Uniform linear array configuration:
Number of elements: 32
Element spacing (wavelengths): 0.25
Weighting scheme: binomial
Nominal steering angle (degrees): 45
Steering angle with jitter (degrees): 44.785
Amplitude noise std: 0.05
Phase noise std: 0.05

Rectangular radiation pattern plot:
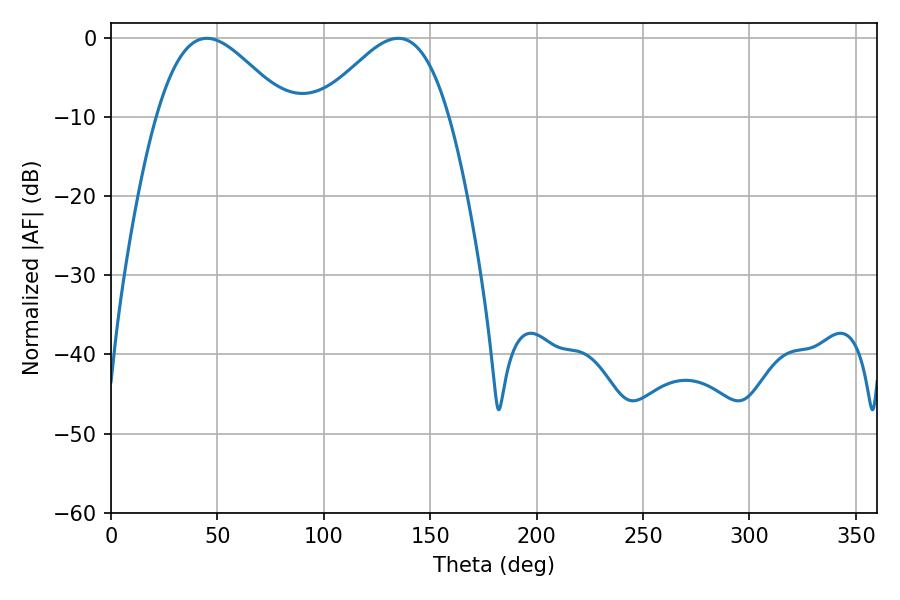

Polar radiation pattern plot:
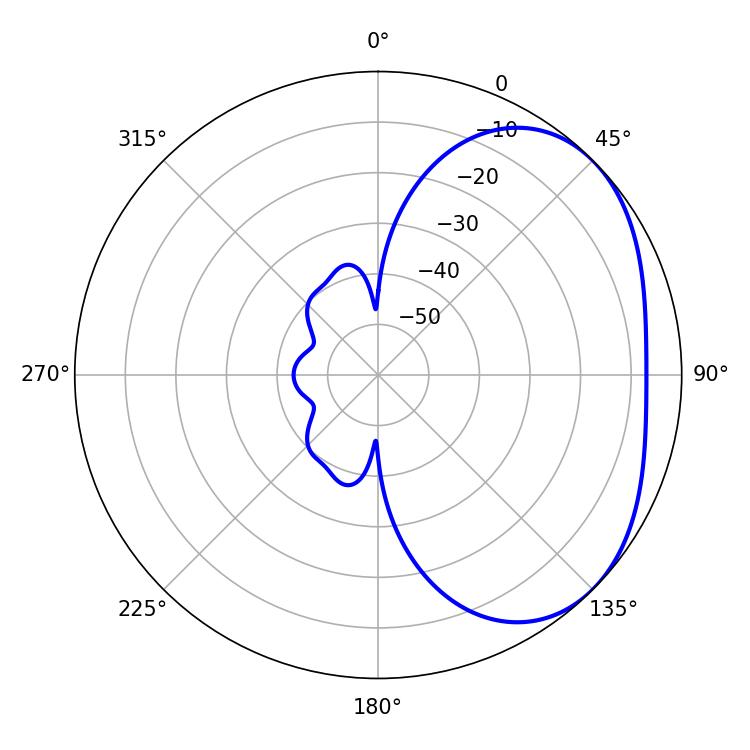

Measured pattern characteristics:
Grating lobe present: FALSE
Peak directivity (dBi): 3.157
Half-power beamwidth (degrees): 32.76
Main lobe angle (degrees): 45